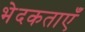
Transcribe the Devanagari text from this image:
भेदकताएँ